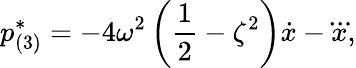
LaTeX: {p}_{(3)}^{*}=-4\omega^{2}\left(\frac{1}{2}-\zeta^{2}\right)\dot{x}-\dddot{x},